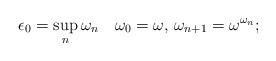
LaTeX: \begin{align*}\epsilon_0=\sup_n\omega_n\quad\omega_0=\omega,\,\omega_{n+1}=\omega^{\omega_n};\end{align*}